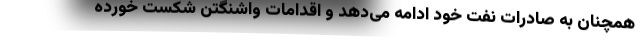
همچنان به صادرات نفت خود ادامه می‌دهد و اقدامات واشنگتن شکست خورده